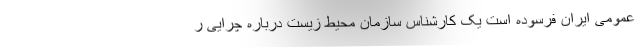
عمومی ایران فرسوده است یک کارشناس سازمان محیط زیست درباره چرایی ر